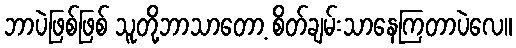
ဘာပဲဖြစ်ဖြစ် သူတို့ဘာသာတော့ စိတ်ချမ်းသာနေကြတာပဲလေ။